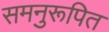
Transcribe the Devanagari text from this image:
समनुरूपित